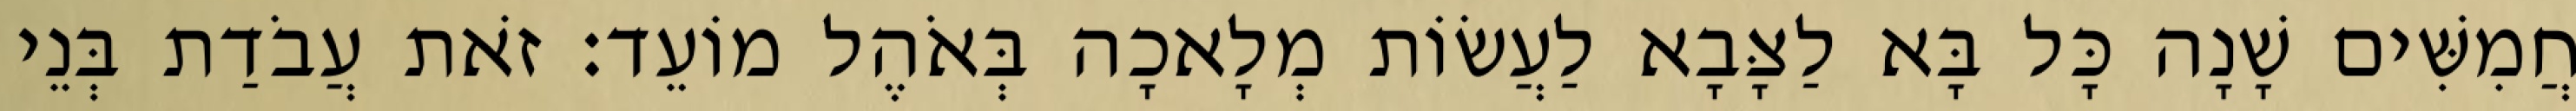
חֲמִשִּׁים שָׁנָה כָּל בָּא לַצָּבָא לַעֲשׂוֹת מְלָאכָה בְּאֹהֶל מוֹעֵד׃ זֹאת עֲבֹדַת בְּנֵי